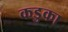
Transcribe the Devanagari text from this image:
कडुका